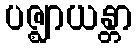
ပဇ္ဈာယန္တာ